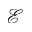
\mathcal { E }